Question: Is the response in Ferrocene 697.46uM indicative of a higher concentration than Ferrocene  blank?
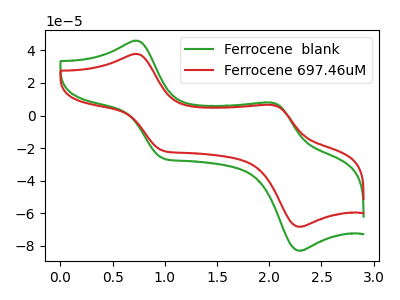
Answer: <think>The green curve "Ferrocene  blank" has anodic peaks at (0.70V, 45.95uA) (2.05V, 7.95uA) and cathodic peaks at (1.00V, -25.95uA) (2.30V, -82.90uA). The red curve "Ferrocene 697.46uM" has anodic peaks at (0.70V, 37.80uA) (2.05V, 6.55uA) and cathodic peaks at (1.00V, -21.35uA) (2.30V, -68.20uA).
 All the peaks in "Ferrocene 697.46uM" have a peak in "Ferrocene  blank" at the same potential. Every peak in "Ferrocene 697.46uM" is lower than every peak in "Ferrocene  blank".</think>
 <answer>"Ferrocene 697.46uM" has less signal than "Ferrocene  blank".</answer>
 <eval>less_signal</eval>